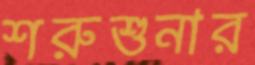
শরুশুনার